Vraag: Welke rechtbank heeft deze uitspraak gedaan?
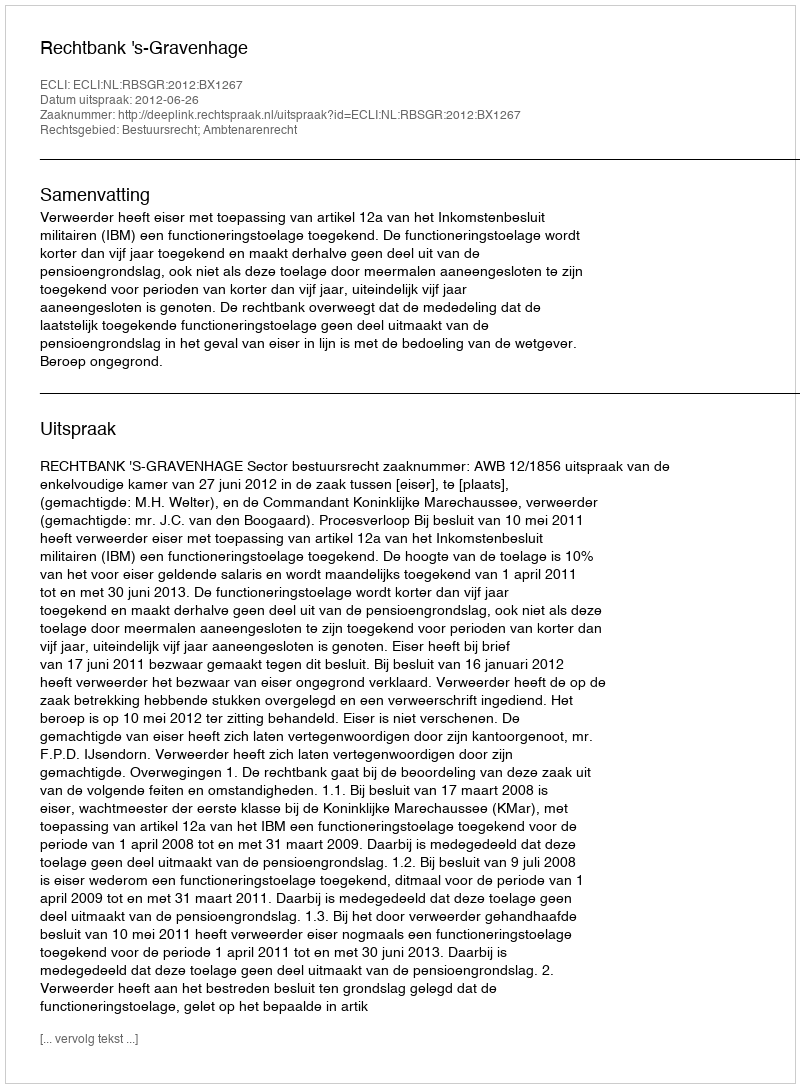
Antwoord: Rechtbank 's-Gravenhage